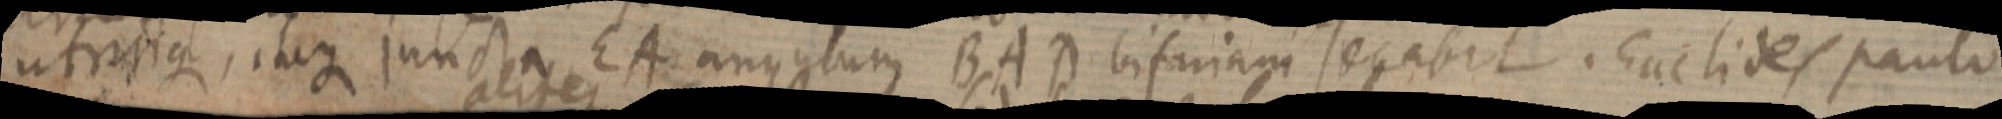
utrinque, itaque juncta EA angulum BAD bifariam secabit. Euclides paulo